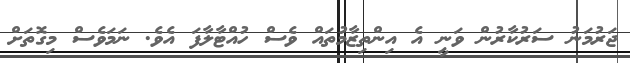
ޖަރުމަނު ސަރުކާރުން ވަނީ އެ އިންތިޒާމުތައް ވެސް ހުއްޓާލާފަ އެވެ. ނަމަވެސް މިގޮތަށް